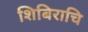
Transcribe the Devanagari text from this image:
शिबिराचि